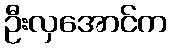
ဦးလှအောင်က